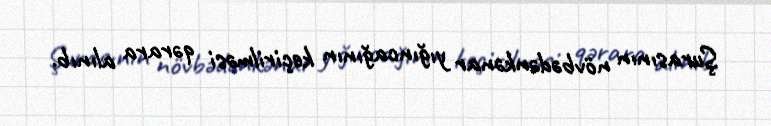
Şurasının növbədənkənar yığıncağının keçirilməsi qərara alınıb.